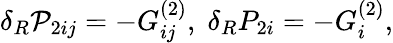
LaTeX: \delta_{R}{\cal P}_{2ij}=-G_{ij}^{(2)},\; \delta_{R}P_{2i}=-G_{i}^{(2)},